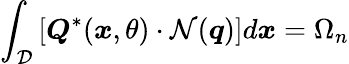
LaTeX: \int_{\mathcal{D}}\left[\boldsymbol{Q}^{*}(\boldsymbol{x},\theta)\cdot\mathcal{N}(\boldsymbol{q})\right]d\boldsymbol{x}=\Omega_{n}